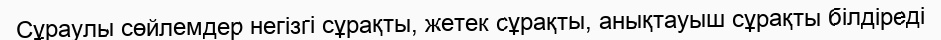
Сұраулы сөйлемдер негізгі сұрақты, жетек сұрақты, анықтауыш сұрақты білдіреді